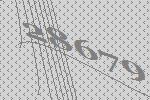
28679